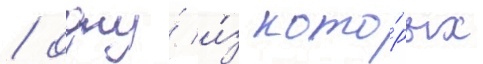
/ одну́ и́з кото́рых